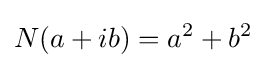
N(a+ib)=a^{2}+b^{2}